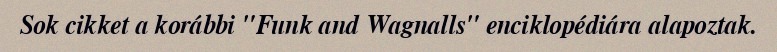
Sok cikket a korábbi "Funk and Wagnalls" enciklopédiára alapoztak.